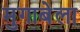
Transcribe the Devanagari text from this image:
मुगाबेला